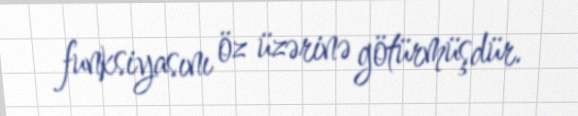
funksiyasını öz üzərinə götürmüşdür.